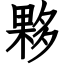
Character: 夥